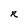
Character: R